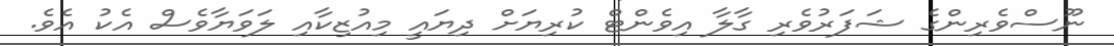
ނޫސްވެރިންގެ ޝަފަރުވެރި ގާލާ އިވެންޓް ކުރިޔަށް ދިޔައީ މިއުޒިކާއި ލަވަޔާވެސް އެކު އެވެ.